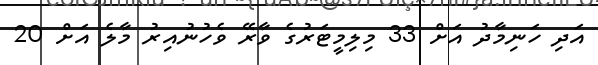
އަދި ހަނިމާދު އަށް 33 މިލިމީޓަރުގެ ވާރޭ ވެހުނުއިރު މާލެ އަށް 20